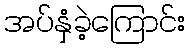
အပ်နှံခဲ့ကြောင်း